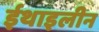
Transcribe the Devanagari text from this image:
ईथाइलीन